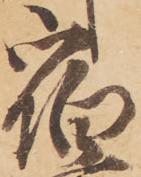
宿